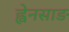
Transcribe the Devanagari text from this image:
ह्वेनसाङ